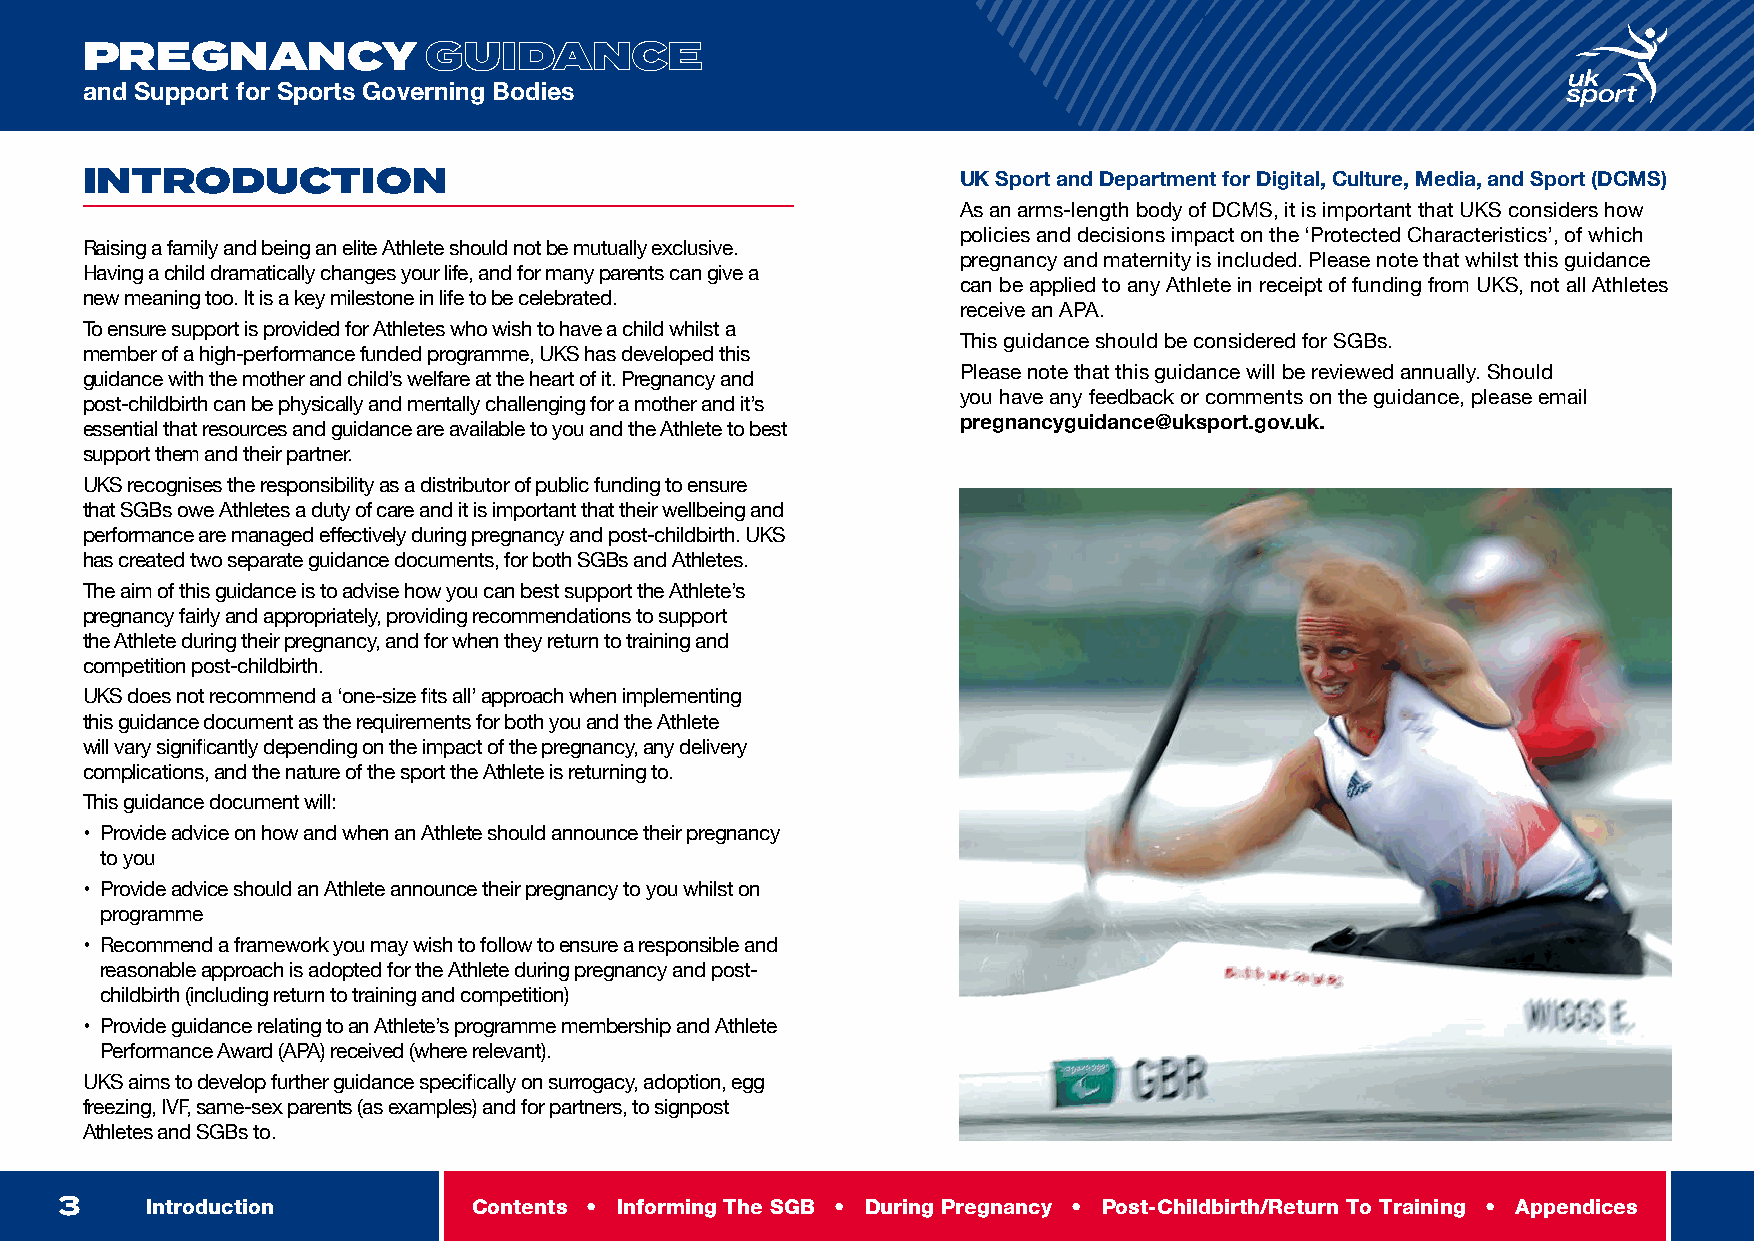
INTRODUCTION
 PREGNANCY              GUIDANCE
 and Support for Sports Governing Bodies
 INTRODUCTION                                               UK Sport and Department for Digital, Culture, Media, and Sport (DCMS)
 As an arms-length body of DCMS, it is important that UKS considers how
 policies and decisions impact on the ‘Protected Characteristics’, of which
 Raising a family and being an elite Athlete should not be mutually exclusive.
 pregnancy and maternity is included. Please note that whilst this guidance
 Having a child dramatically changes your life, and for many parents can give a
 can be applied to any Athlete in receipt of funding from UKS, not all Athletes
 new meaning too. It is a key milestone in life to be celebrated.
 receive an APA.
 To ensure support is provided for Athletes who wish to have a child whilst a
 This guidance should be considered for SGBs.
 member of a high-performance funded programme, UKS has developed this
 Please note that this guidance will be reviewed annually. Should
 guidance with the mother and child’s welfare at the heart of it. Pregnancy and
 you have any feedback or comments on the guidance, please email
 post-childbirth can be physically and mentally challenging for a mother and it’s
 pregnancyguidance@uksport.gov.uk.
 essential that resources and guidance are available to you and the Athlete to best
 support them and their partner.
 UKS recognises the responsibility as a distributor of public funding to ensure
 that SGBs owe Athletes a duty of care and it is important that their wellbeing and
 performance are managed effectively during pregnancy and post-childbirth. UKS
 has created two separate guidance documents, for both SGBs and Athletes.
 The aim of this guidance is to advise how you can best support the Athlete’s
 pregnancy fairly and appropriately, providing recommendations to support
 the Athlete during their pregnancy, and for when they return to training and
 competition post-childbirth.
 UKS does not recommend a ‘one-size fits all’ approach when implementing
 this guidance document as the requirements for both you and the Athlete
 will vary significantly depending on the impact of the pregnancy, any delivery
 complications, and the nature of the sport the Athlete is returning to.
 This guidance document will:
 • Provide advice on how and when an Athlete should announce their pregnancy
 to you
 • Provide advice should an Athlete announce their pregnancy to you whilst on
 programme
 • Recommend a framework you may wish to follow to ensure a responsible and
 reasonable approach is adopted for the Athlete during pregnancy and post-
 childbirth (including return to training and competition)
 • Provide guidance relating to an Athlete’s programme membership and Athlete
 Performance Award (APA) received (where relevant).
 UKS aims to develop further guidance specifically on surrogacy, adoption, egg
 freezing, IVF, same-sex parents (as examples) and for partners, to signpost
 Athletes and SGBs to.
 3     Introduction         Contents • Informing The SGB • During Pregnancy • Post-Childbirth/Return To Training • Appendices